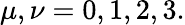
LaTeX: \mu,\nu=0,1,2,3.